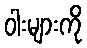
ဝါးများကို